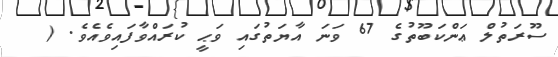
ސޫރަތުލް ޢަންކަބޫތުގެ 67 ވަނަ އާޔަތުގައި ވަޙީ ކުރައްވާފައިވެއެވެ. (